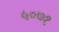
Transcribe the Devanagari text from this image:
५०७१